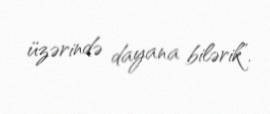
üzərində dayana bilərik”.